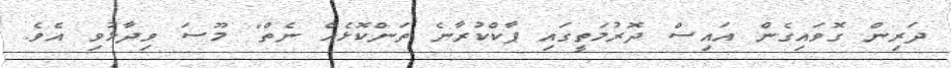
ދަރިން ގޮވައިގެން އައިސް ދޮރުމަތީގައި ޕާކްކުރާނެ ތަންކޮޅެއް ނެތް" މޫސަ ވިދާޅުވި އެވެ.